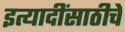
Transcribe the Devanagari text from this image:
इत्यादींसाठीचे